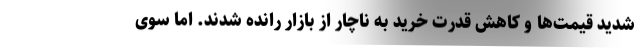
شدید قیمت‌ها و کاهش قدرت خرید به ناچار از بازار رانده شدند. اما سوی